Report of the Hyderabad Chloroform Commission
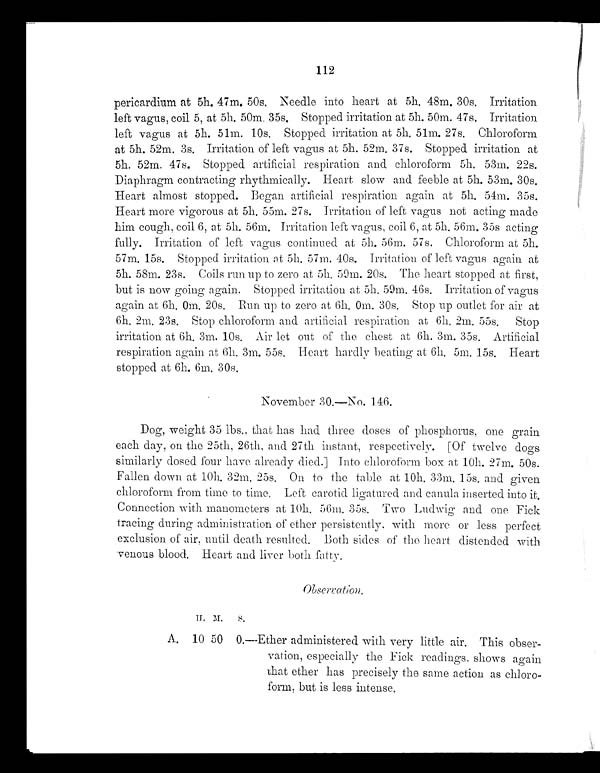
112
pericardium at 5h. 47m. 50s. Needle into heart at 5h. 48m. 30s. Irritation
left vagus, coil 5, at 5h. 50m. 35s. Stopped irritation at 5h. 50m. 47s. Irritation
left vagus at 5h. 51m. 10s. Stopped irritation at 5h. 51m. 27s. Chloroform
at 5h. 52m. 3s. Irritation of left vagus at 5h. 52m. 37s. Stopped irritation at
5h. 52m. 47s. Stopped artificial respiration and chloroform 5h. 53m. 22s.
Diaphragm contracting rhythmically. Heart slow and feeble at 5h. 53m. 30s.
Heart almost stopped. Began artificial respiration again at 5h. 54m. 35s.
Heart more vigorous at 5h. 55m. 27s. Irritation of left vagus not acting made
him cough, coil 6, at 5h. 56m. Irritation left vagus, coil 6, at 5h. 56m. 35s acting
fully. Irritation of left vagus continued at 5h. 56m. 57s. Chloroform at 5h.
57m. 15s. Stopped irritation at 5h. 57m. 40s. Irritation of left vagus again at
5h. 58m. 23s. Coils run up to zero at 5h. 59m. 20s. The heart stopped at first,
but is now going again. Stopped irritation at 5h. 59m. 46s. Irritation of vagus
again at 6h. 0m. 20s. Run up to zero at 6h. 0m. 30s. Stop up outlet for air at
6h. 2m. 23s. Stop chloroform and artificial respiration at 6h. 2m. 55s. Stop
irritation at 6h. 3m. 10s. Air let out of the chest at 6h. 3m. 35s. Artificial
respiration again at 6h. 3m. 55s. Heart hardly beating at 6h. Sm. 15s. Heart
stopped at 6h. 6m. 30s.
November 30.-No. 146.
Dog, weight 35 lbs., that has had three doses of phosphorus, one grain
each day, on the 25th, 26th, and 27th instant, respectively. [Of twelve dogs
similarly dosed four have already died.] Into chloroform box at 10h. 27m. 50s.
Fallen down at 10h. 32m. 25s. On to the table at 10h. 33m. 15s. and given
chloroform from time to time. Left carotid ligatured and canula inserted into it.
Connection with manometers at 10h. 56m. 35s. Two L u d w i g a n d o n e F i c k
tracing during administration of ether persistently, with more or less perfect
exclusion of air, until death resulted. Both sides of the heart distended with
venous bl ood. Heart and l i ver both fatty.
.
H . M . S .
A. 10 50 0.-Ether administered with very little air. This obser-
vation, especially the Fick readings, shows again
that ether has precisely the same action as chloro
- f o r m , b u t i s l e s s i n t e n s e .